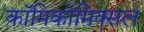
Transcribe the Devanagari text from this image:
काॅमिकॉमिक्सल